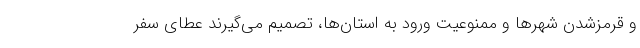
و قرمزشدن شهرها و ممنوعیت ورود به استان‌ها، تصمیم می‌گیرند عطای سفر